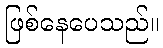
ဖြစ်နေပေသည်။